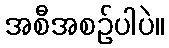
အစီအစဉ်ပါပဲ။